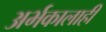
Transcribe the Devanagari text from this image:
अर्भकालाही